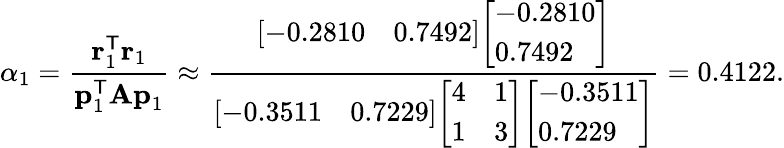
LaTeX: \alpha_{1}={\frac{\mathbf{r}_{1}^{\mathsf{T}}\mathbf{r}_{1}}{\mathbf{p}_{1}^{\mathsf{T}}\mathbf{Ap}_{1}}}\approx{\frac{{\left[\begin{array}{ll}{-0.2810}&{0.7492}\end{array}\right]}{\left[\begin{array}{l}{-0.2810}\\ {0.7492}\end{array}\right]}}{{\left[\begin{array}{ll}{-0.3511}&{0.7229}\end{array}\right]}{\left[\begin{array}{ll}{4}&{1}\\ {1}&{3}\end{array}\right]}{\left[\begin{array}{l}{-0.3511}\\ {0.7229}\end{array}\right]}}}=0.4122.